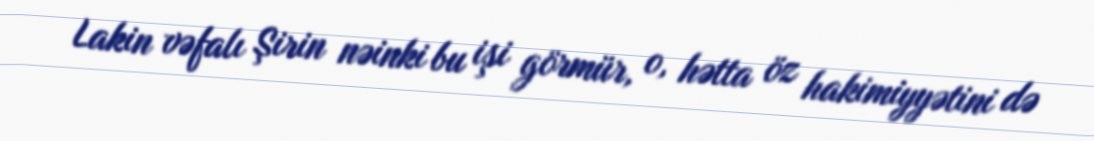
Lakin vəfalı Şirin nəinki bu işi görmür, o, hətta öz hakimiyyətini də